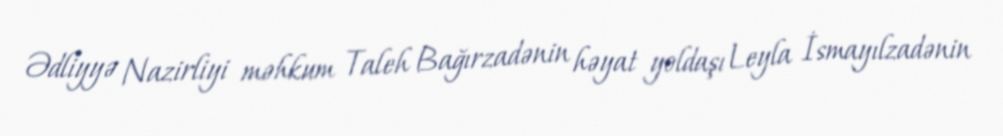
Ədliyyə Nazirliyi məhkum Taleh Bağırzadənin həyat yoldaşı Leyla İsmayılzadənin